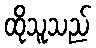
ထိုသူသည်